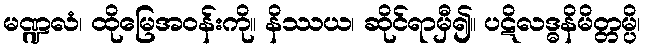
မဏ္ဍလံ၊ ထိုမြေအဝန်းကို။ နိဿယ၊ ဆိုင်ရာမှီ၍။ ပဋိလဒ္ဓနိမိတ္တမ္ပိ၊